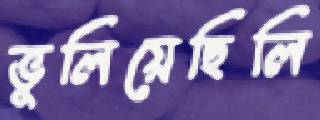
ভুলিয়েছিলি